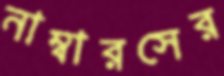
নাম্বারসের